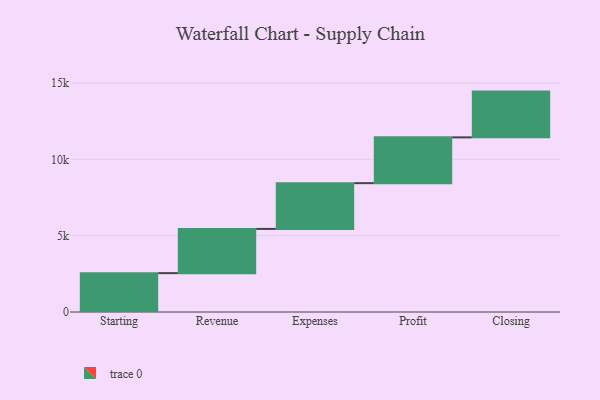
{"axis": {"x": "Step", "y": "Value"}, "legend": [""], "data": [{"x": "Starting", "y": 2547.0, "type": ""}, {"x": "Revenue", "y": 2898.0, "type": ""}, {"x": "Expenses", "y": 3000, "type": ""}, {"x": "Profit", "y": 3000, "type": ""}, {"x": "Closing", "y": 3000, "type": ""}]}